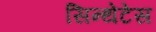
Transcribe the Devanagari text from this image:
सिन्थेटेस